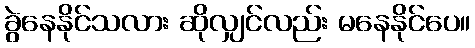
ခွဲနေနိုင်သလား ဆိုလျှင်လည်း မနေနိုင်ပေ။